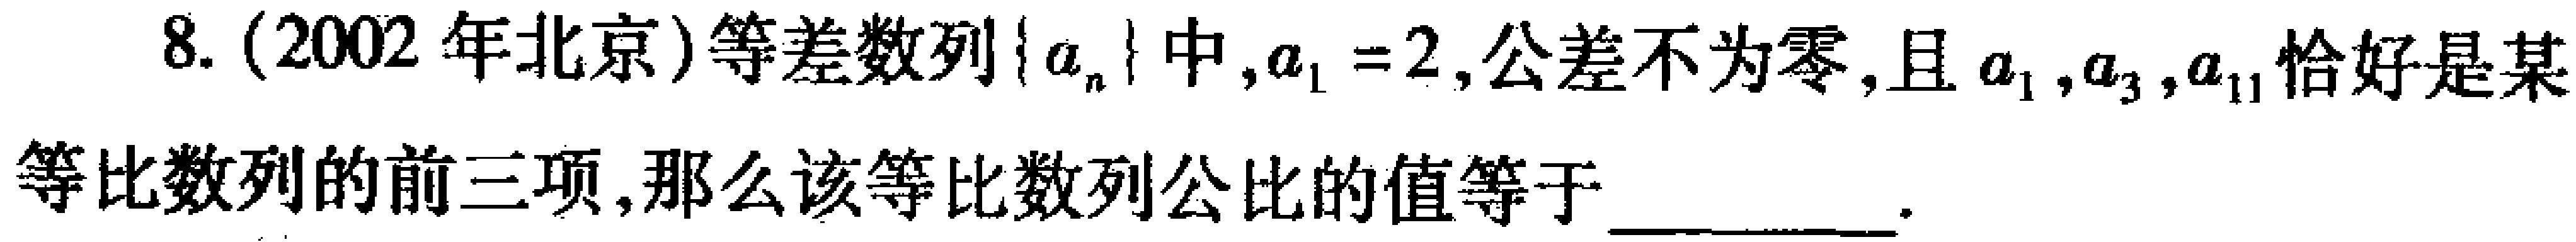
8. (2002 年北京)等差数列\(\{ a_{n}\}\)中，\(a_{1}=2\)，公差不为零，且 \(a_{1},a_{3},a_{11}\)恰好是某等比数列的前三项，那么该等比数列公比的值等于  。